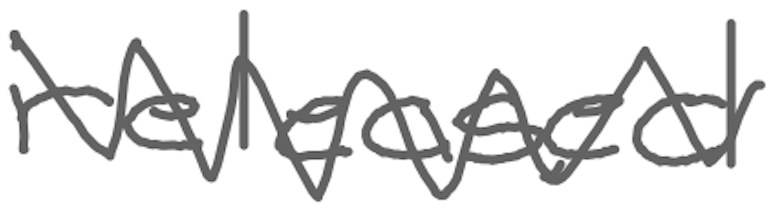
Text: released
Cross-out: zig-zag
Writing tool: digital_gray